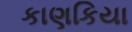
કાણકિયા